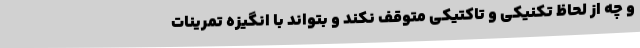
و چه از لحاظ تکنیکی و تاکتیکی متوقف نکند و بتواند با انگیزه تمرینات